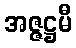
အဇ္ဇဋ္ဌမီ